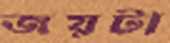
জয়টা